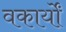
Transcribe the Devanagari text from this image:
वकार्यों